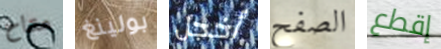
متاح بولينغ أخجل الصفح إقطع